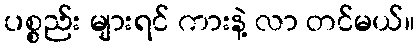
ပစ္စည်း များရင် ကားနဲ့ လာ တင်မယ်။